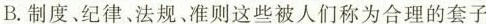
B.制度、纪律、法规、准则这些被人们称为合理的套子